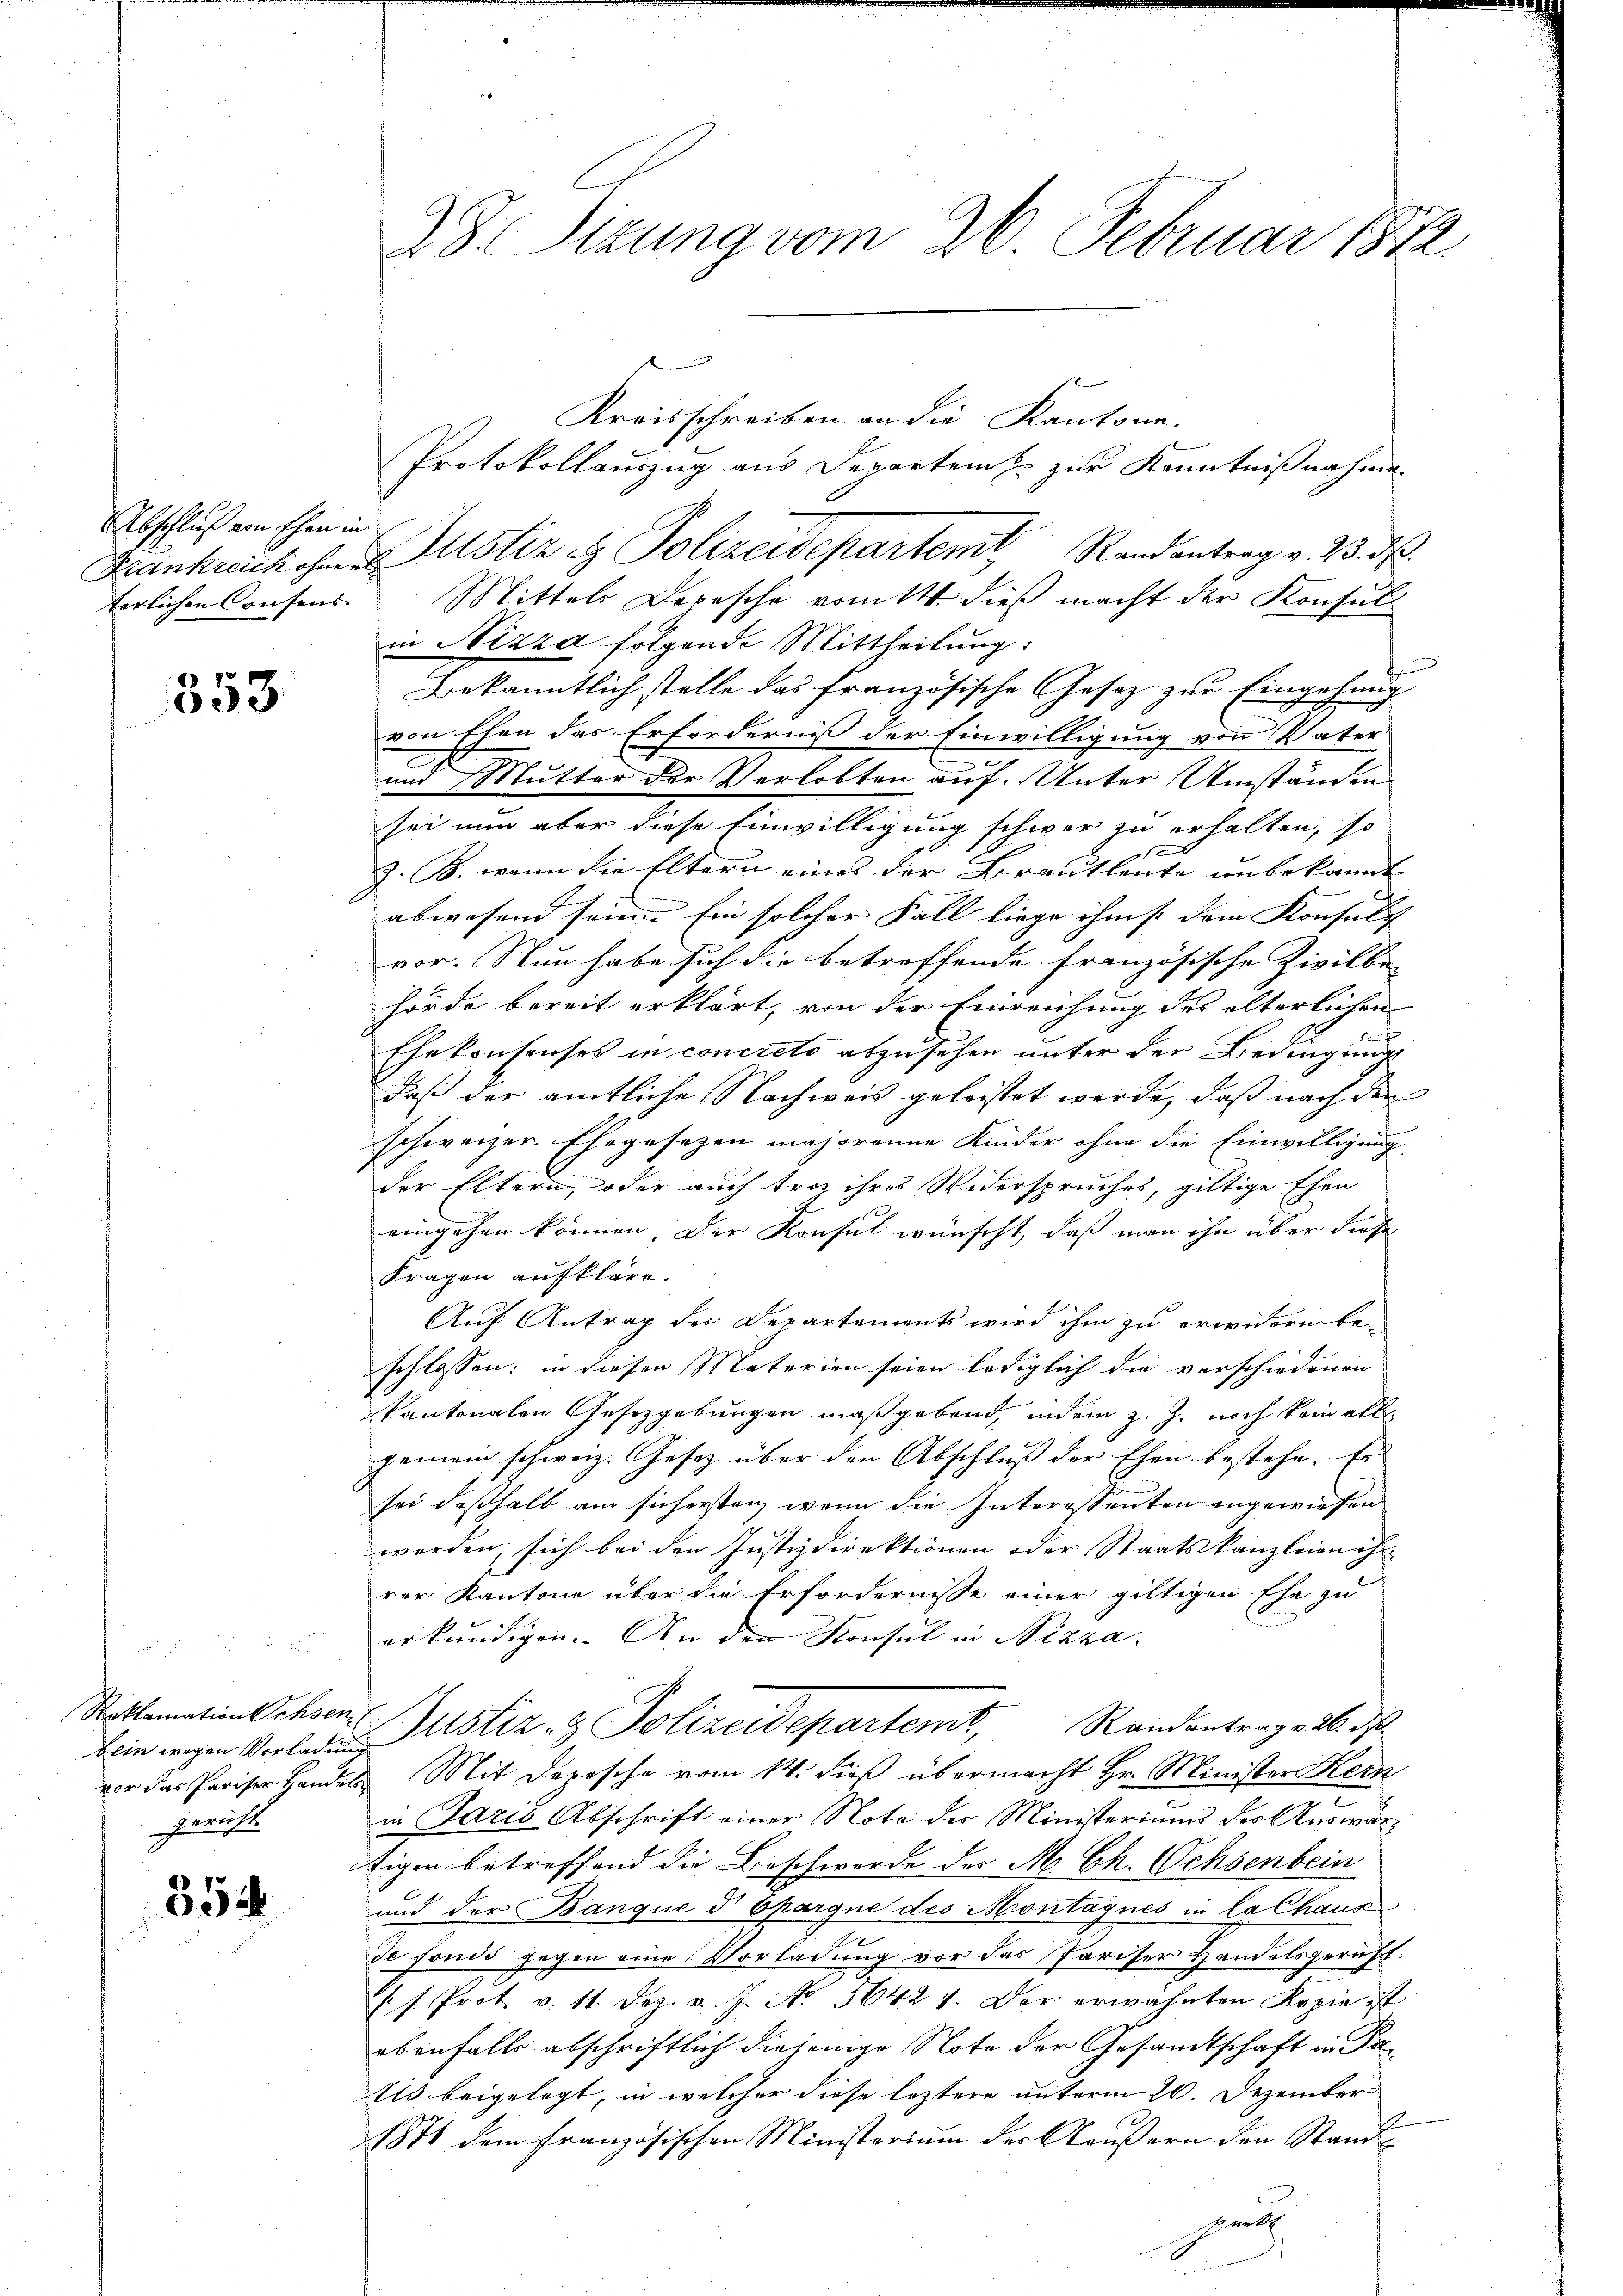
Abschluß von Ehen in

353

Dein wegen Vorladung
gericht.

354

28. Sizung vom 26. Februar 1882.

Kreisschreiben an die Kantone.
Protokollauszug aus Departem zu zur Kenntnißnahme
Frankreich ohne Zustiz & Polizeidepartemt, Randantrag v. 23. d.
terlichen Consens. Mittels Depesche vom 14. dieß macht der Konsulin Nizza folgende Mittheilung:
e
Verkanntlich stelle das französische Gesetz zur Eingehung
von Ehen das Erforderniß der Einwilligung von Vater
und Mutter der Verlobten auf. Unter Umständen
sei nun aber diese Einwilligung schwer zu erhalten, so
x
z. B. wenn die Eltern eines der Brautleute unbekannt
abwesend sein. Ein solcher Fall liege ihm s. dem Konsulich
vor. Nun habe sich die betreffende französische Zivilbe- |
hörde bereit erklärt, von der Einreichung des elterlichen
Ehekonsenses in concreto abzusehen unter der Bedingungs
daß der amtliche Nachweis geleistet werde, daß nach den
schweizer. Ehegesezen majoranne Kinder ohne die Einwilligung
der Eltern, oder auch troz ihres Widerspruches, giltige Ehen
eingehen können. Der Konsul wünscht, daß man ihn über diese
Fragen aufkläre.
Auf Antrag des Departements wird ihm zu erwidern be-
schlossen; in diesen Materien seien lediglich die verschiedenen
kantonalen Gesetzgebungen maßgebend, indem z. Z. noch kein alle
gemein schweiz. Gesetz über den Abschluß der Ehen bestehe. Es
sei deßhalb am sicherstanz wenn die Interessenten angewiesen
werden, sich bei den Justizdirektionen oder Staatskanzleienach
rer Kantone über die Erfordernisse einer giltigen Ehe zu
erkundigen. An den Konsul in Nizza
Roklamation chsen Gustiz- & Polizeidepartemt, Randantrag v. 26. ds.
vor das Pariser Handels Mit Dorische vom 14. dieß übermacht Hr. Minister Hein

in Paris Abschrift einer Note der Ministeriums der Auswärtigen betreffend die Beschwerde des M. Ch. Ochsenbein
und der Banque d Spargne des Montagnes in la Chaus
de fonds gegen eine Vorladung vor das Pariser Handelsgericht
 J. Prot. v. 11. Dez. v. J. No. 56424. Der erwähnten Kopie ist
ebenfalls abschriftlich diejenige Note der Gesamtschaft in Pais beigelegt, in welcher diese leztere unterm 20. Dezember
1874 dem französischen Ministerium der Aeußern den Stand
greth